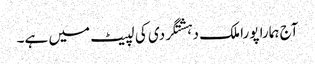
آج ہمارا پورا ملک دہشتگردی کی لپیٹ میں ہے۔